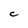
Character: C